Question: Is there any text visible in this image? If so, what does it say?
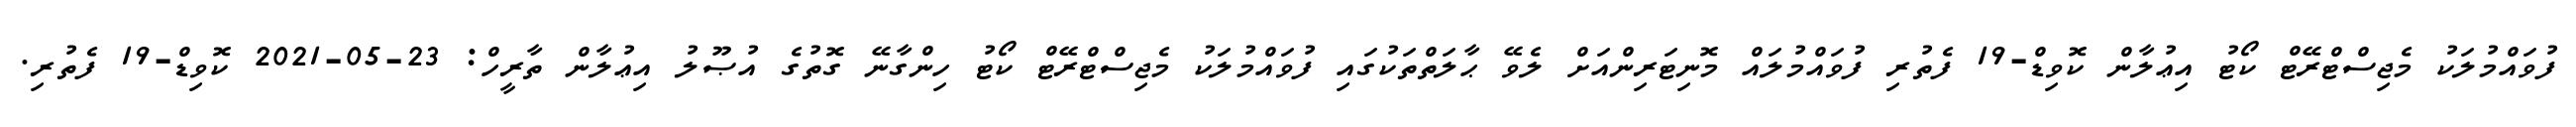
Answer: ފުވައްމުލަކު މެޖިސްޓްރޭޓް ކޯޓު އިޢުލާން ކޮވިޑް-19 ފެތުރި ފުވައްމުލައް މޮނިޓަރިންއަށް ލެވޭ ޙާލަތްތަކުގައި ފުވައްމުލަކު މެޖިސްޓްރޭޓް ކޯޓު ހިންގާނޭ ގޮތުގެ އުޞޫލު އިޢުލާން ތާރީހް: 23-05-2021 ކޮވިޑް-19 ފެތުރި.